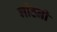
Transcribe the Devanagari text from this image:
गांठनी